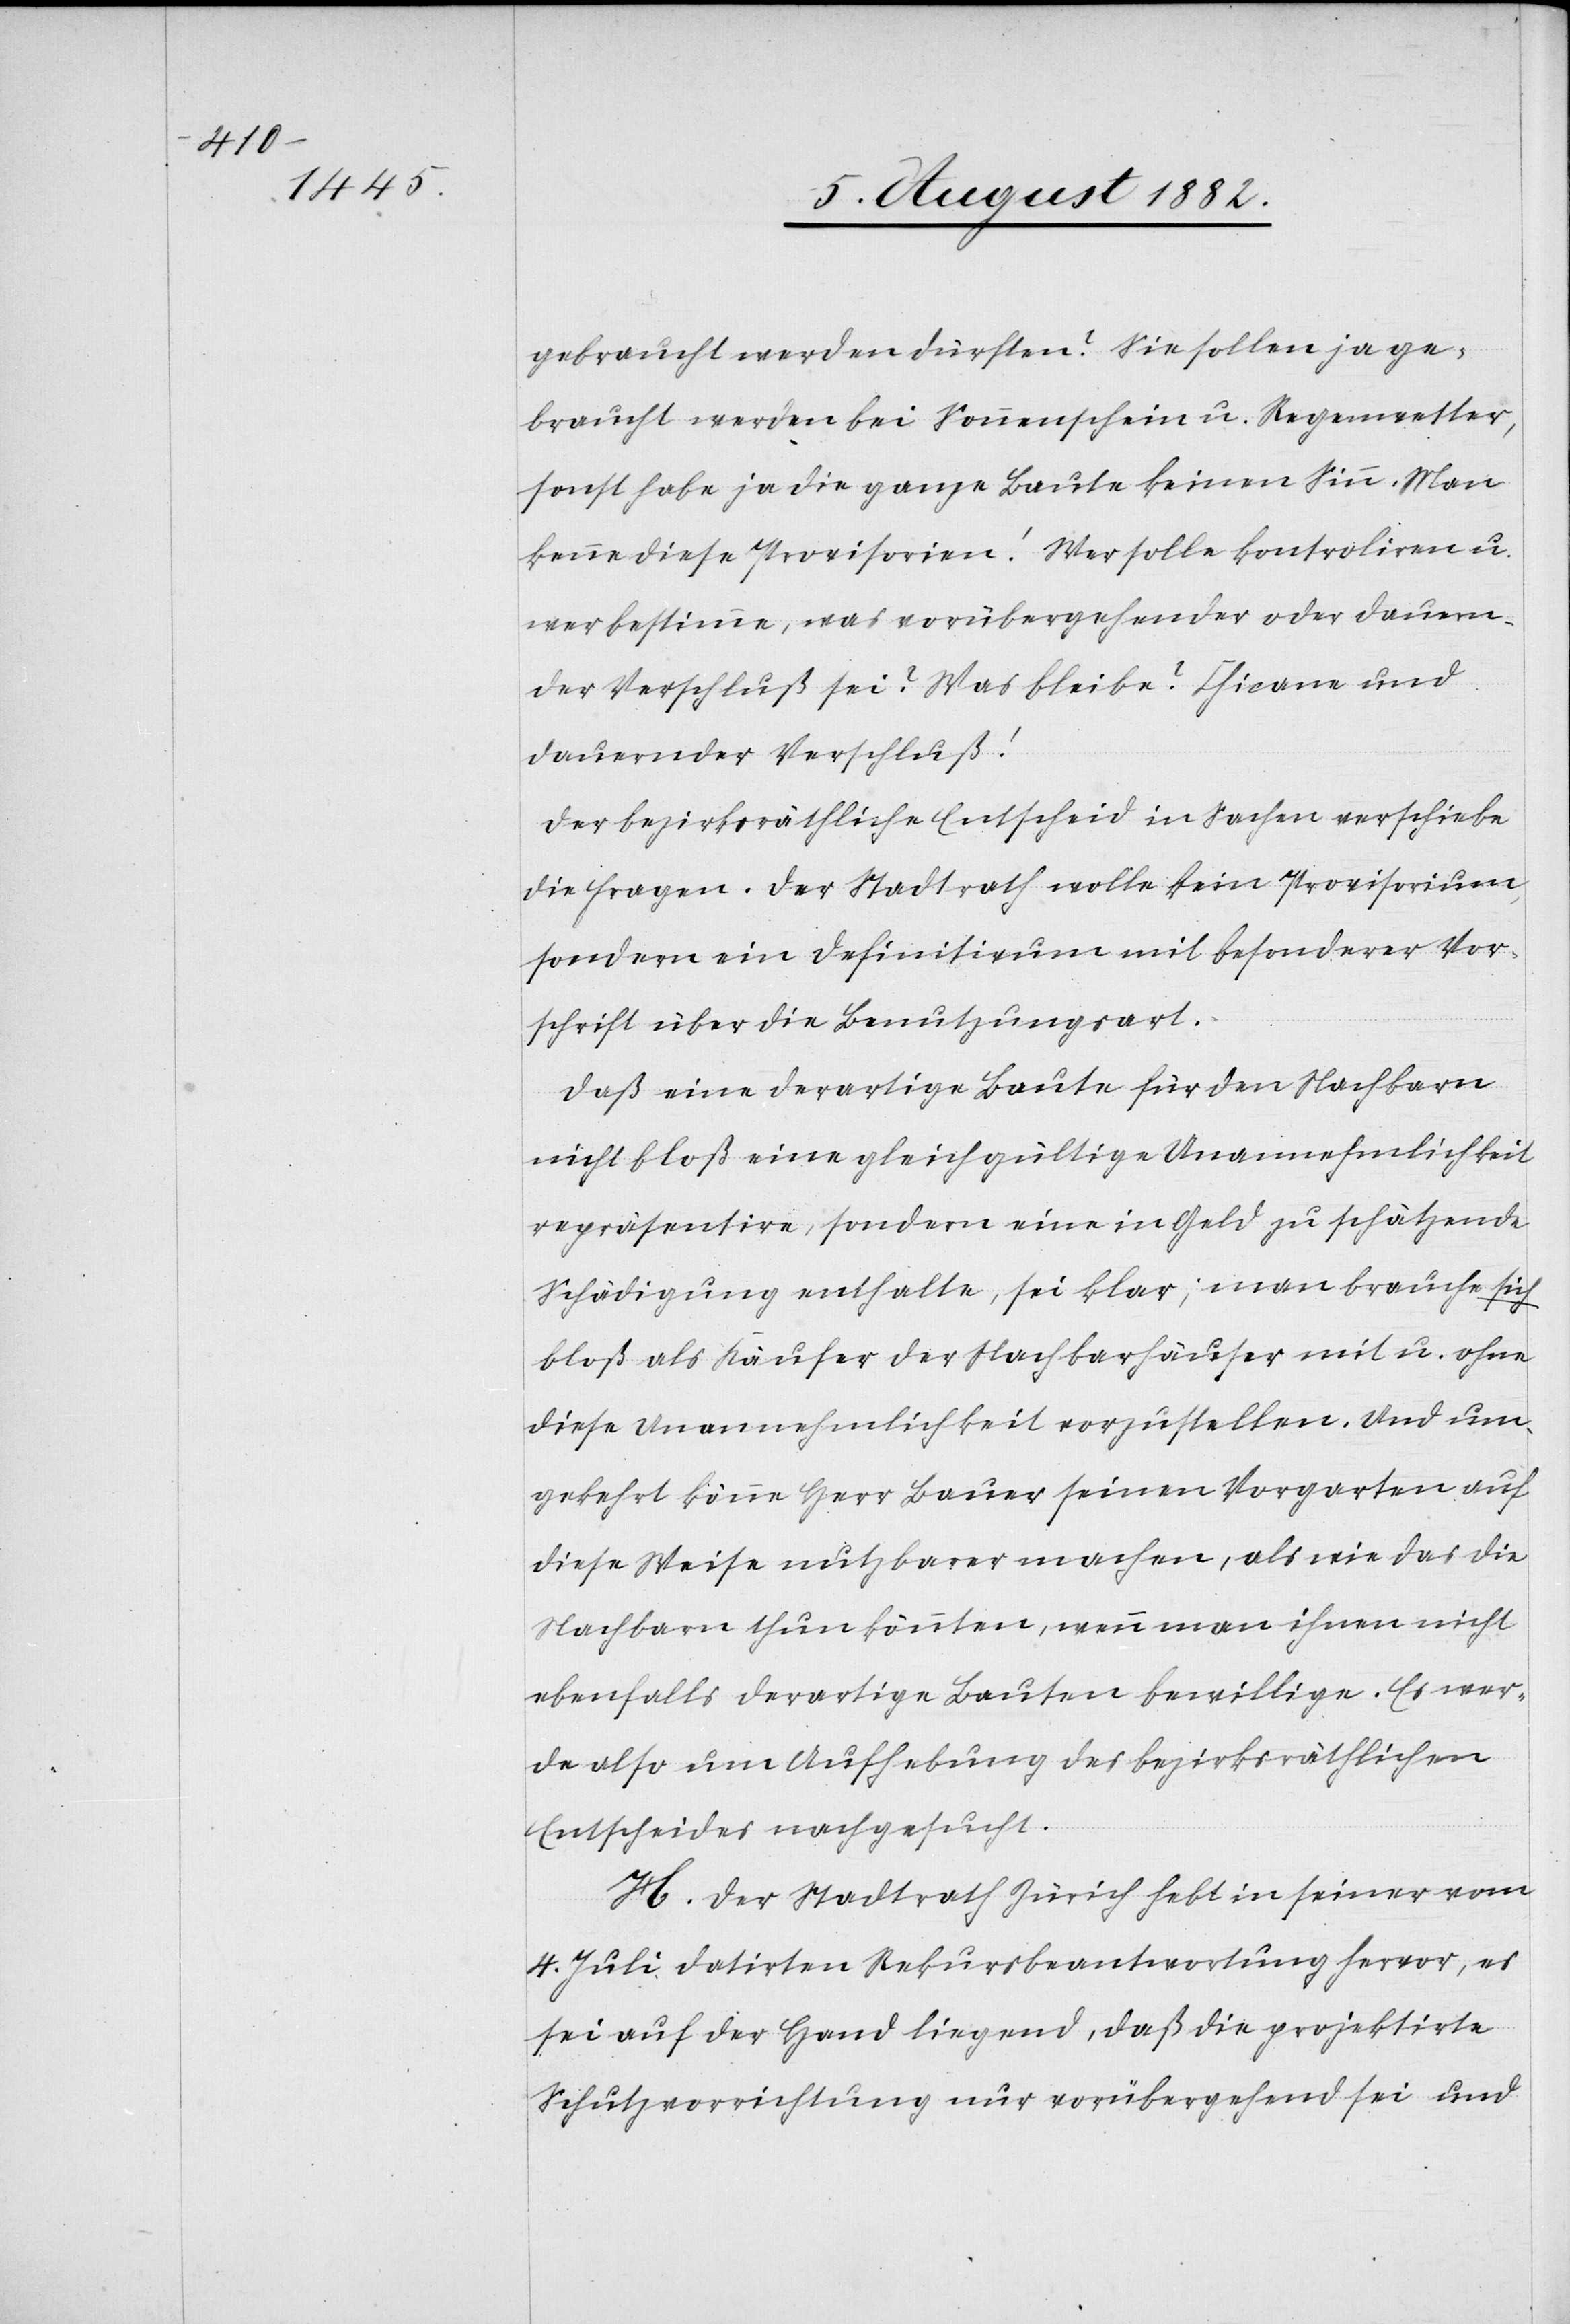
gebraucht werden dürften? Sie sollen ja ge¬
braucht werden bei Sonnenschein u. Regenwetter,
sonst habe ja die ganze Baute keinen Sinn. Man
kenne diese Provisionen! Wer solle kontroliren u.
wer bestimmen, was vorübergehender oder dauern¬
der Verschluß sei? Was bleibe? Chicane und
dauernder Verschluß!
Der bezirksräthliche Entscheid in Sachen verschiebe
die Fragen. Der Stadtrath wolle keine Provisionen,
sondern ein Definitivum mit besonderer Vor¬
schrift über die Benutzungsart.
Daß eine derartige Baute für den Nachbarn
nicht bloß eine gleichgültige Unannehmlichkeit
repräsentire, sondern eine in Geld zu schätzende
Schädigung enthalte, sei klar; man brauche sich
bloß als Käufer der Nachbarhäuser mit u. ohne
diese Unannehmlichkeit vorzustellen. Und um¬
gekehrt könne Herr Bauer seinen Vorgarten auf
diese Weise nutzbarer machen, als wie das die
Nachbarn thun könnten, wenn man ihnen nicht
ebenfalls derartige Bauten bewillige. Es wer¬
de also um Aufhebung des bezirksräthlichen
Entscheides nachgesucht.
H. Der Stadtrath Zürich hebt in seiner vom
4. Juli datirten Rekursbeantwortung hervor, es
sei auf der Hand liegend, daß die projektirte
Schutzvorrichtung nur vorübergehend sei und